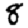
Digit: 8